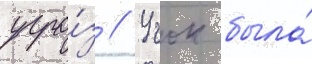
угро́з // Учок была́